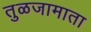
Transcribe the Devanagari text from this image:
तुळजामाता